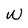
Character: W